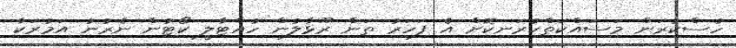
ހުސްކުރަން މަސައްކަތްކުރަނިކޮށް އެ ފަހަރު ތަން ރޫޅާލުން ހުއްޓާލީ ކޯޓުން ނެރުނު އަމުރަކާ